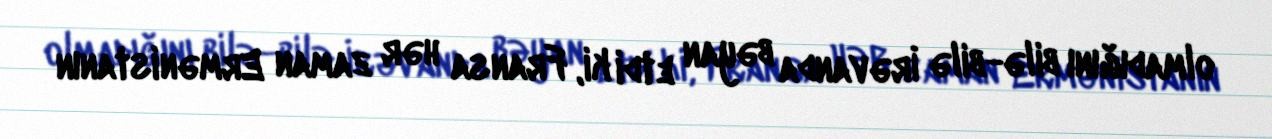
olmadığını bilə-bilə İrəvanda bəyan etdi ki, Fransa hər zaman Ermənistanın